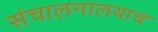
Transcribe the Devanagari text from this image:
संचालनालयाच